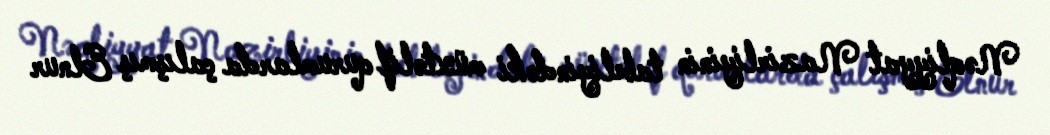
Nəqliyyat Nazirliyinin tabeliyindəki müxtəlif qurumlarda çalışmış Elnur